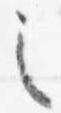
之